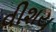
વીશય